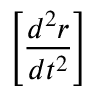
\left[ { \frac { d ^ { 2 } { \boldsymbol { r } } } { d t ^ { 2 } } } \right]